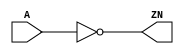
module INV_X4 (A, ZN);
  input A;
  output ZN;
  not(ZN, A);
  specify
    (A => ZN) = (0.1, 0.1);
  endspecify
endmodule